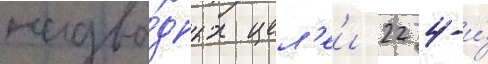
надво́дных цел'еи 22 4-и́